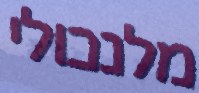
מלנכולי